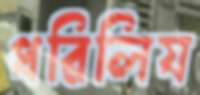
ধরিলিয